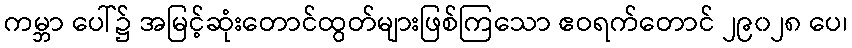
ကမ္ဘာ ပေါ်၌ အမြင့်ဆုံးတောင်ထွတ်များဖြစ်ကြသော ဧဝရက်တောင် ၂၉၀၂၈ ပေ၊